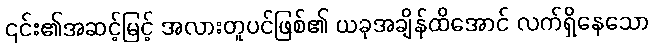
၎င်း၏အဆင့်မြင့် အလားတူပင်ဖြစ်၏ ယခုအချိန်ထိအောင် လက်ရှိနေသော